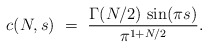
\begin{align*}c(N,s)\ =\ \frac{\Gamma(N/2)\,\sin(\pi s)}{\pi^{1+N/2}}.\end{align*}